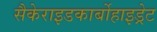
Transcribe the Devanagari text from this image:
सैकेराइडकार्बोहाइड्रेट